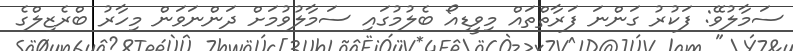
ސަމާލުވޭ: ފަކުރު ގަންނަ ފަރާތްތައް މިވީޑިއޯ ބެލުމުގައި ސަމާލުވުމަށް ދަންނަވަން މިހާރު ބްރެޒިލްގެ